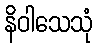
နိဝါသေသုံ